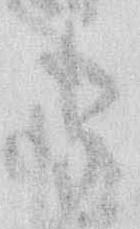
候